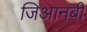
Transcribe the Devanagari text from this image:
जिआनबी